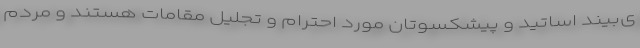
ی‌بیند اساتید و پیشکسوتان مورد احترام و تجلیل مقامات هستند و مردم